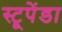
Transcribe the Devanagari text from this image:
स्टूपेंडा